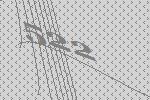
522